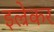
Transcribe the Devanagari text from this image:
इल्रेकर